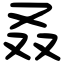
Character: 叒